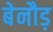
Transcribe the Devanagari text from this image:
बेनौड़